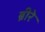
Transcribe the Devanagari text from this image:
ब्रीरे